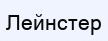
Лейнстер